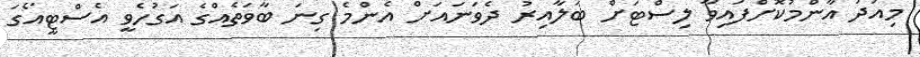
މިއަދު އާންމުކޮށްފައިވާ ލިސްޓަށް ބަލާއިރު ދެވަނައަށް އެންމެ ގިނަ ބާވަތެއްގެ އަގުހެވީ އެސްޓީއޯގަ